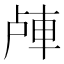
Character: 𲄴